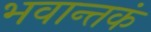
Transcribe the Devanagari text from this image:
भवान्तकं